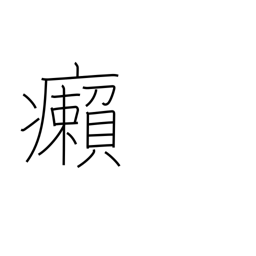
Meaning: leprosy